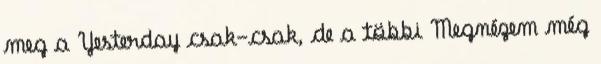
meg a Yesterday csak-csak, de a többi Megnézem még